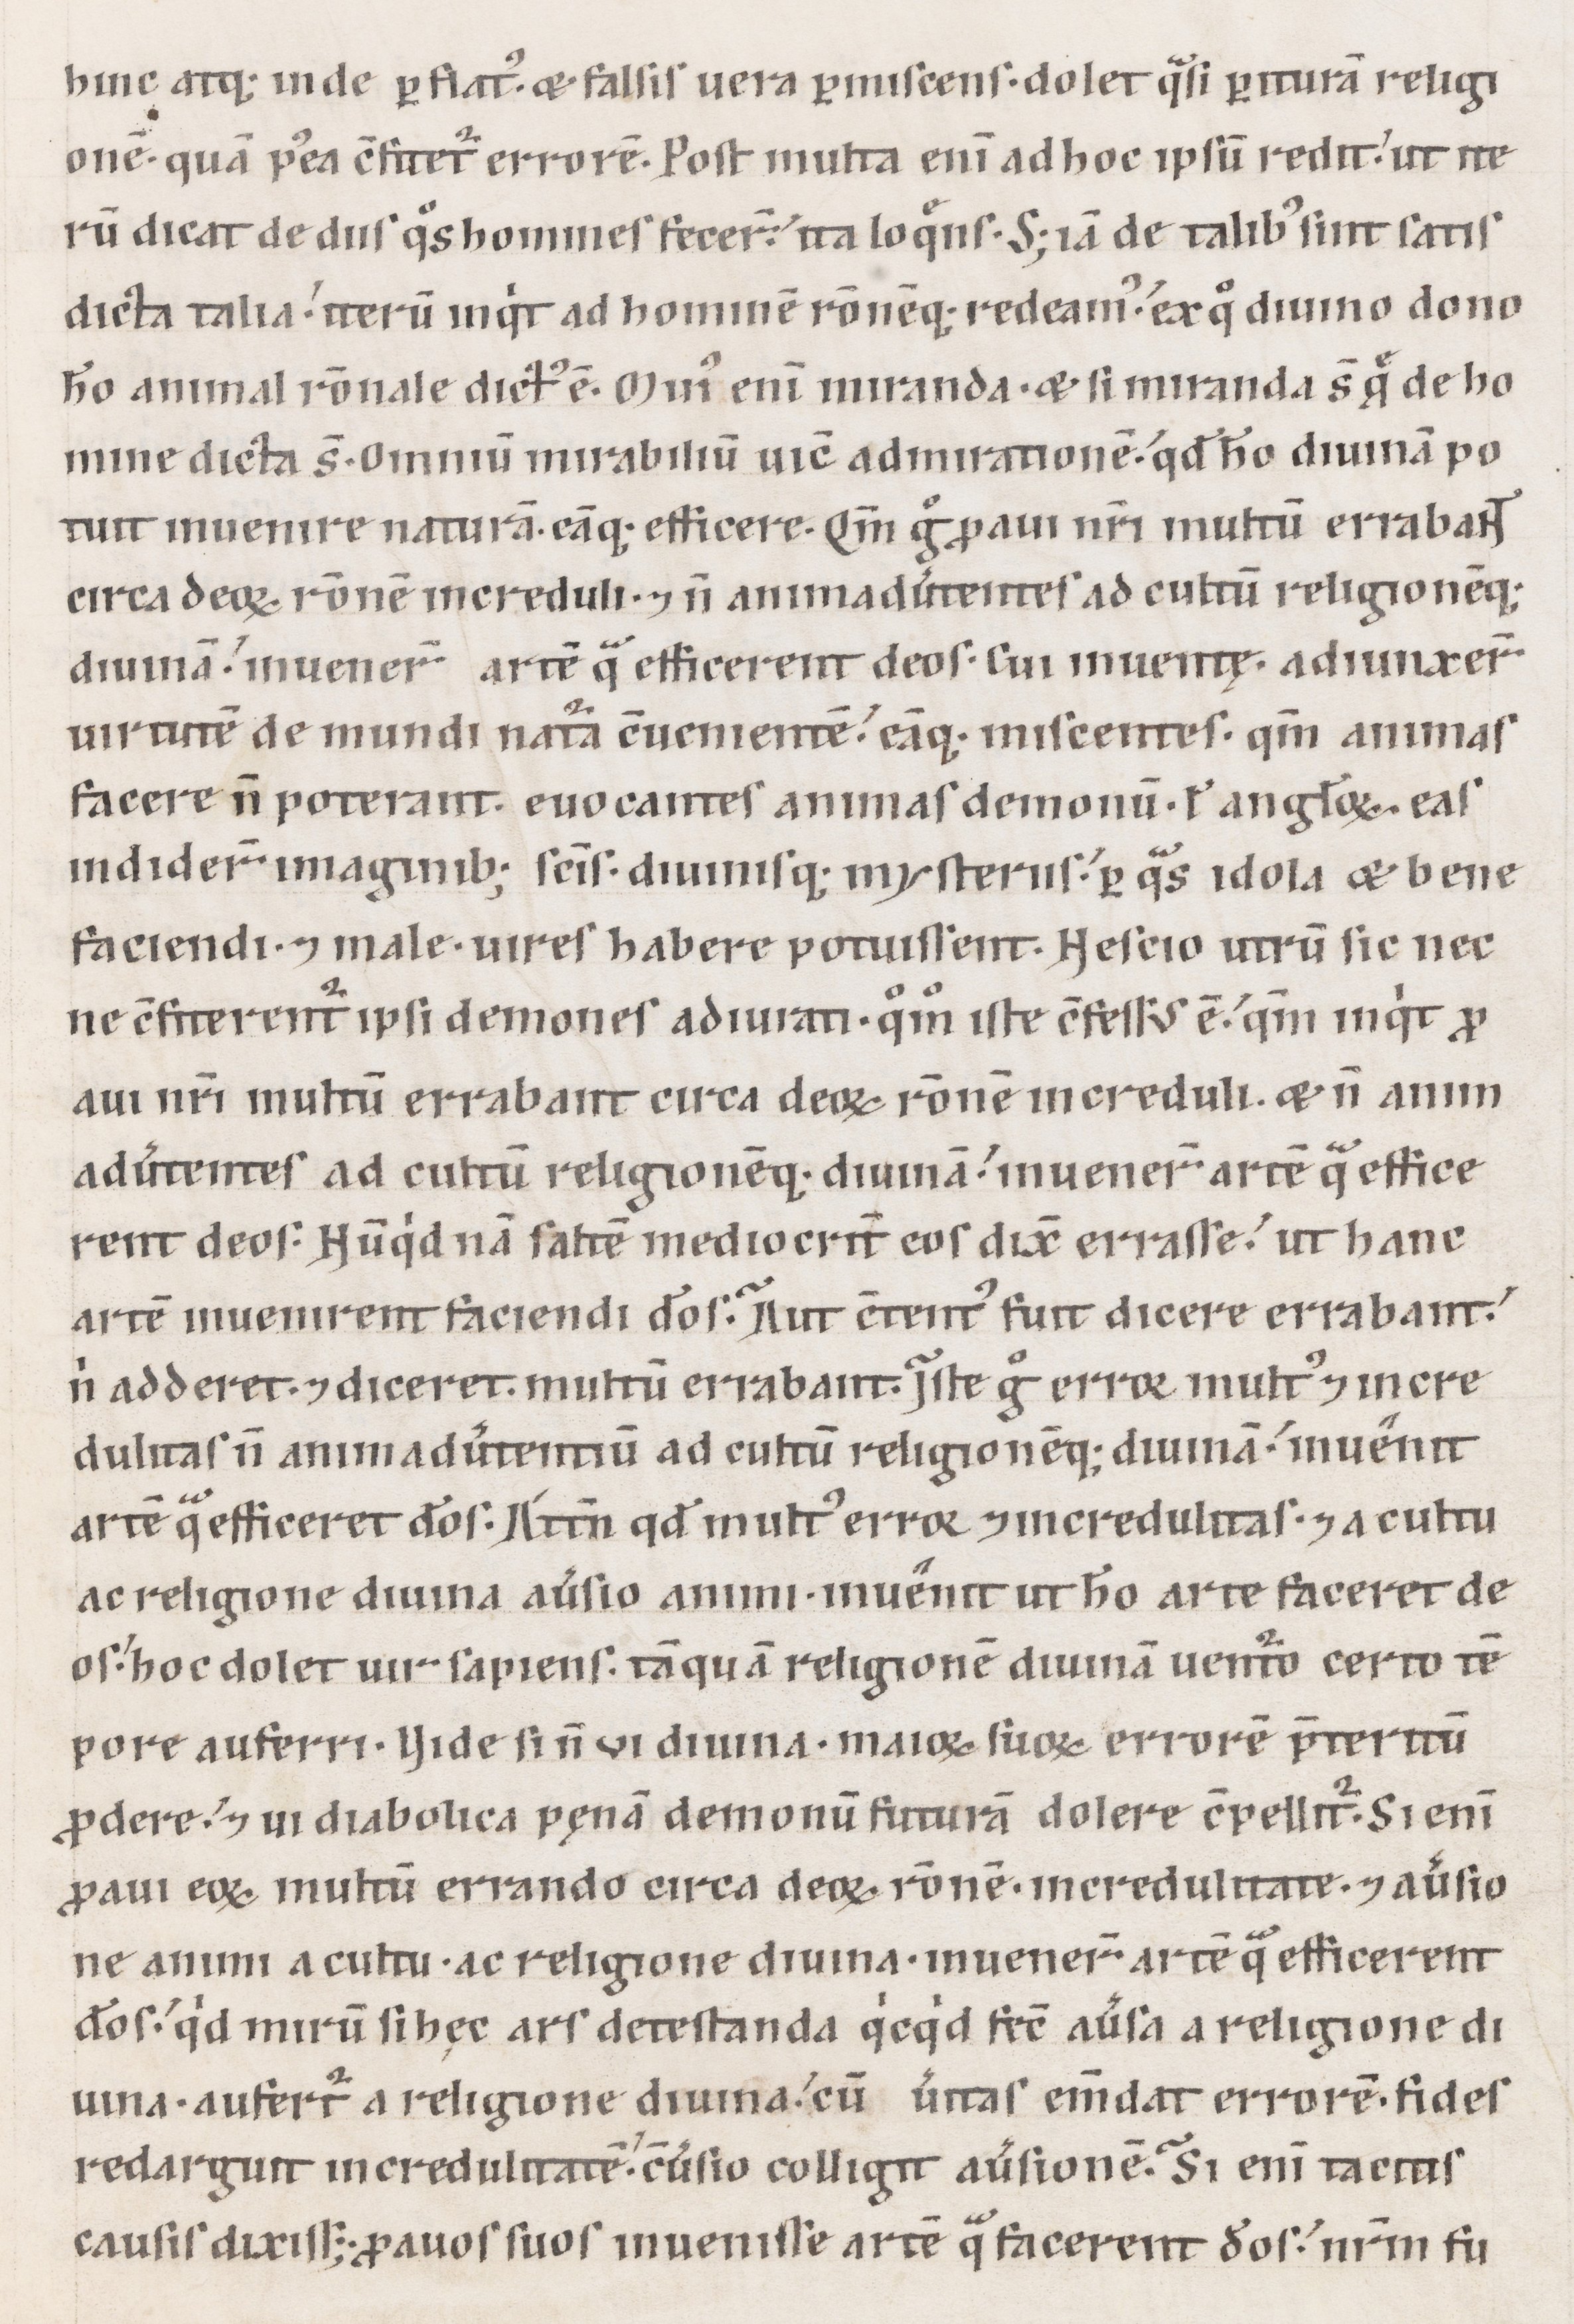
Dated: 1100–1199